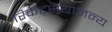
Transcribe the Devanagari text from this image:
रिकेट्सयाजन्य